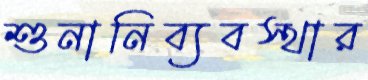
শুনানিব্যবস্থার